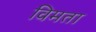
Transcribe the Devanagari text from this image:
विमता